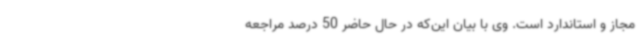
مجاز و استاندارد است. وی با بیان این‌که در حال حاضر 50 درصد مراجعه